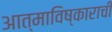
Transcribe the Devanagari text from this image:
आत्माविष्काराची